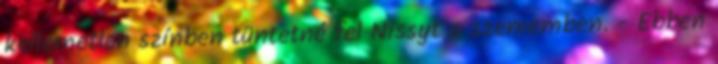
kellemetlen színben tüntetné fel Nissyt a szememben. - Ebben